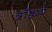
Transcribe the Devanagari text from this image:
त्रॉइय्य